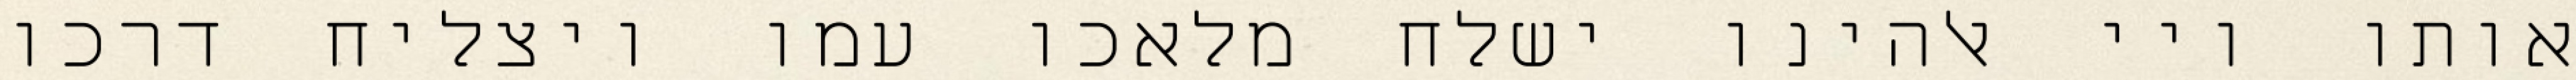
אותו ויי אלהינו ישלח מלאכו עמו ויצליח דרכו